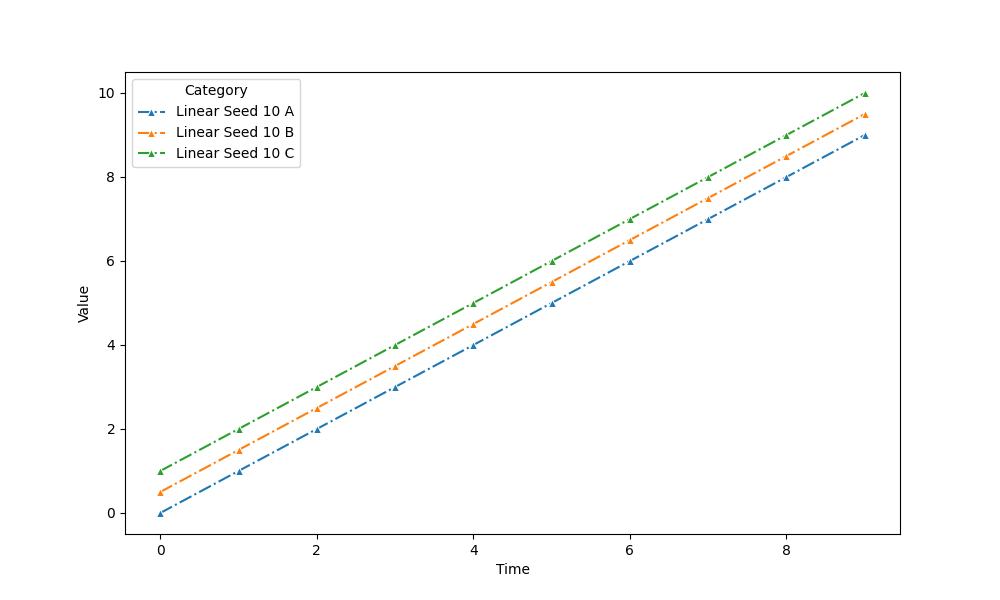
python, seaborn, lineplot, style='dashdot', marker='^'